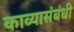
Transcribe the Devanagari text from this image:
काव्यासंबंधी